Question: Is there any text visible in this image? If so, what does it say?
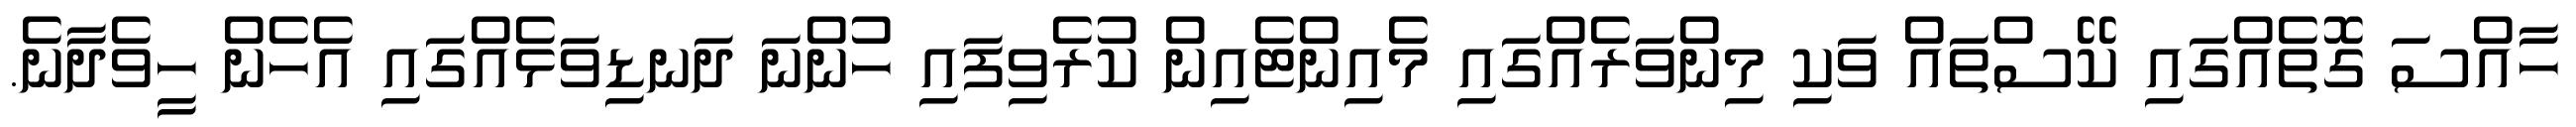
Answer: ހާއްސަ ގޮތެއްގައި ކޭސްތައް ވަކި މިންވަރެއްގައި މެއިންޓެއިން ކުރެވިފައި ހުންނަ ދަނޑިވަޅެއްގައި އެހެން ހީވެދާނެ.